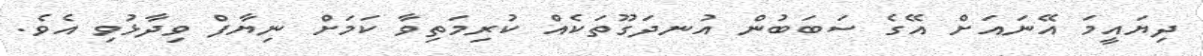
ދިޔައީމަ އޭނައަށް އޭގެ ސަބަބުން އުނދަގޫތަކެއް ކުރިމަތިވާ ކަމަށް ނިޔާފް ވިދާޅުވި އެވެ.